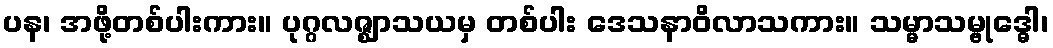
ပန၊ အဖို့တစ်ပါးကား။ ပုဂ္ဂလဇ္ဈာသယမှ တစ်ပါး ဒေသနာဝိလာသကား။ သမ္မာသမ္ဗုဒ္ဓေါ၊